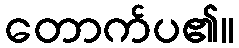
တောက်ပ၏။